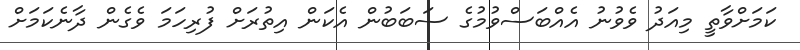
ކަމަށްވާތީ މިއަދު ވެވުނު އެއްބަސްވުމުގެ ސަބަބުން އެކަން އިތުރަށް ފުރިހަމަ ވެގެން ދާނެކަމަށް